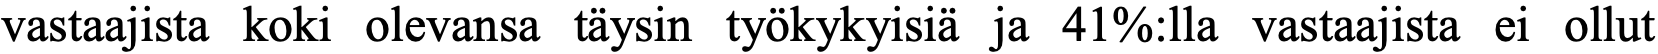
vastaajista koki olevansa täysin työkykyisiä ja 41%:lla vastaajista ei ollut